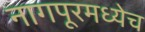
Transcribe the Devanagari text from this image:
नागपूरमध्येच